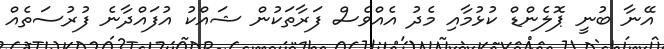
އޭނާ ބުނީ ޕޮލެންޑް ކުޅުމާއި މެދު އެއްވެސް ފަރާތަކުން ޝައްކު އުފައްދާނެ ފުރުސަތެއް